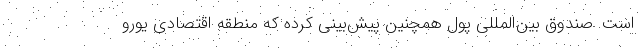
است. صندوق بین‌المللی پول همچنین پیش‌بینی کرده که منطقه اقتصادی یورو